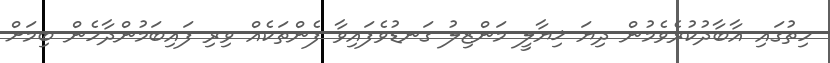
ހިތުގައި އާބާދުކުރެވެމުން ދިޔަ ޚިޔާލީ މަންޒިލު ގަނޑުވެފައިވާ ފެންތަކެއް ވިރި ފައިބަމުންދާހެން ބިމަށް